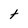
Character: t